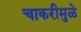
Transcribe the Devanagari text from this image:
चाकरीमुळे